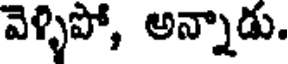
వెళ్ళిపో, అన్నాడు.